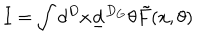
I = \int d ^ { D } x \underline { { { d } } } ^ { D _ { G } } \theta \tilde { F } ( x , \theta )